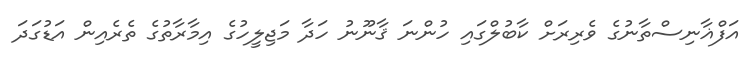
އަފްޣާނިސްތާނުގެ ވެރިރަށް ކާބުލްގައި ހުންނަ ޤާނޫނު ހަދާ މަޖިލީހުގެ އިމާރާތުގެ ތެރެއިން އަޑުގަދަ